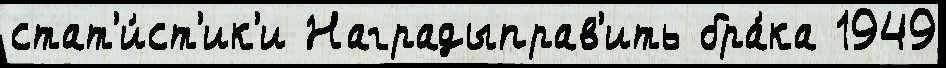
стат'и́ст'ик'и Наградыправ'ить бра́ка 1949